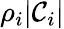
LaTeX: \rho_{i}|\mathcal{C}_{i}|